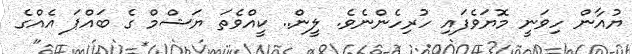
ޔުއާން ހިވަނީ މޮޔަވެފައި ހުރިހެންނެވެ. ލީން.. ކީއްވެތަ ޔަޝްމް ގެ ބައްޕަ އެއްގެ